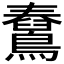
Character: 𪆊